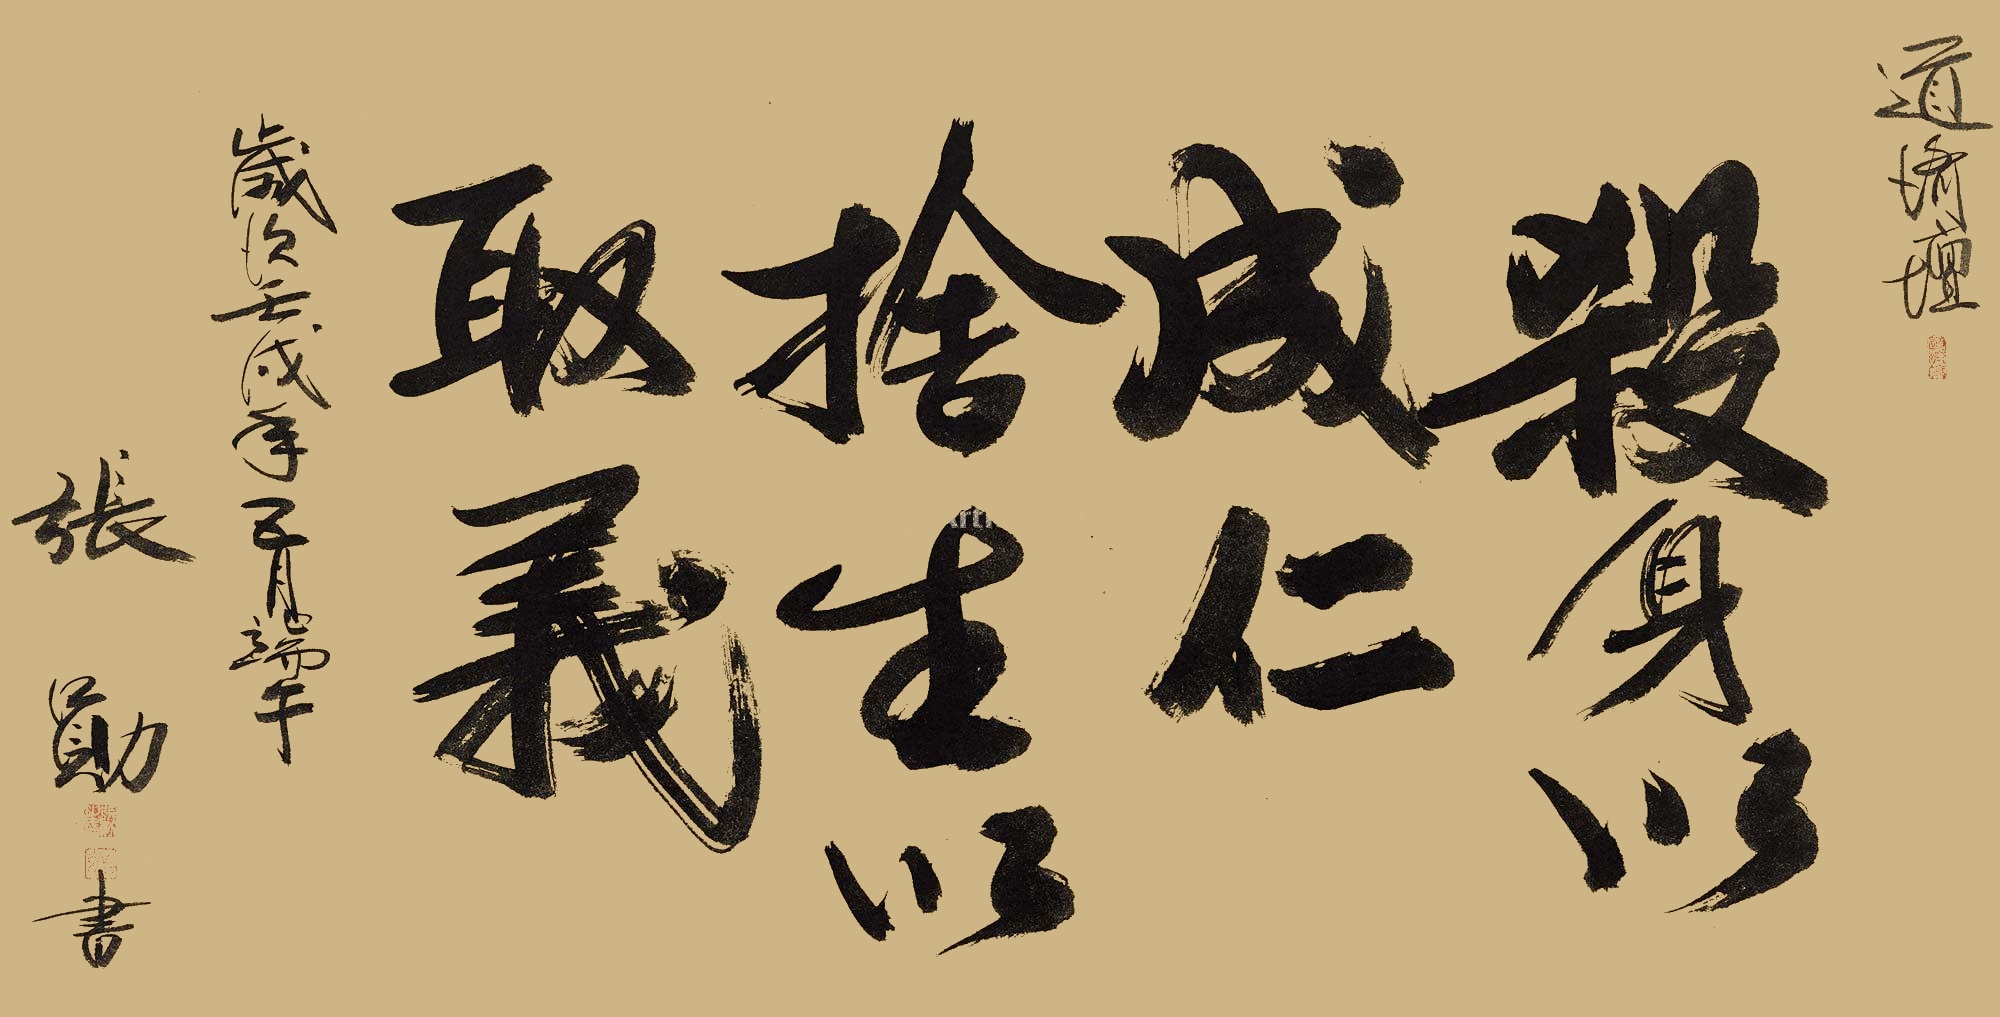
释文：杀生以成仁，舍生以取义。道济坛，岁次壬戌年五月端午。张勋书。